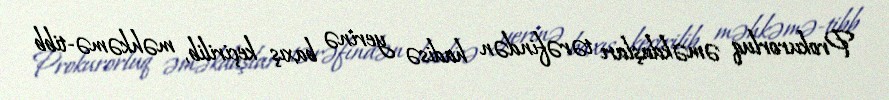
Prokurorluq əməkdaşları tərəfindən hadisə yerinə baxış keçirilib, məhkəmə-tibb